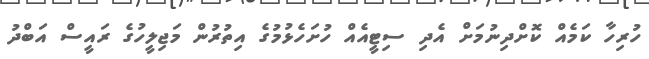
ހުރިހާ ކަމެއް ކޮށްދިނުމަށް އެދި ސިޓީއެއް ހުށަހެޅުމުގެ އިތުރުން މަޖިލީހުގެ ރައީސް އަބްދު